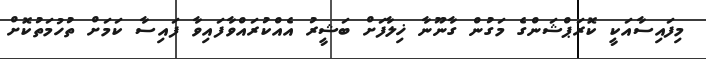
މިފައިސާއަކީ ކޮރަޕްޝަންގެ މަގުން ގާނޫނާ ޚިލާފަށް ބަޝީރު އެއްކުރައްވާފައިވާ ފައިސާ ކަމަށް ތުހުމަތުކޮށް